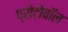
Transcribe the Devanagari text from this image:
प्रोटोवॉल